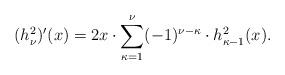
LaTeX: \begin{align*}(h_\nu^2)'(x) =2x \cdot \sum_{\kappa=1}^{\nu}(-1)^{\nu-\kappa} \cdot h_{\kappa-1}^2(x).\end{align*}